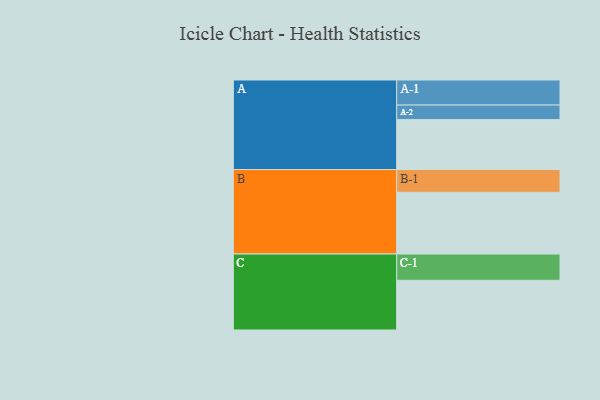
{"axis": {"x": "Segment", "y": "Value"}, "legend": ["", "A", "B", "C"], "data": [{"x": "A", "y": 456, "type": ""}, {"x": "B", "y": 564, "type": ""}, {"x": "C", "y": 454, "type": ""}, {"x": "A-1", "y": 229, "type": "A"}, {"x": "A-2", "y": 133, "type": "A"}, {"x": "B-1", "y": 208, "type": "B"}, {"x": "C-1", "y": 240, "type": "C"}]}